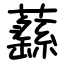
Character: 蘨